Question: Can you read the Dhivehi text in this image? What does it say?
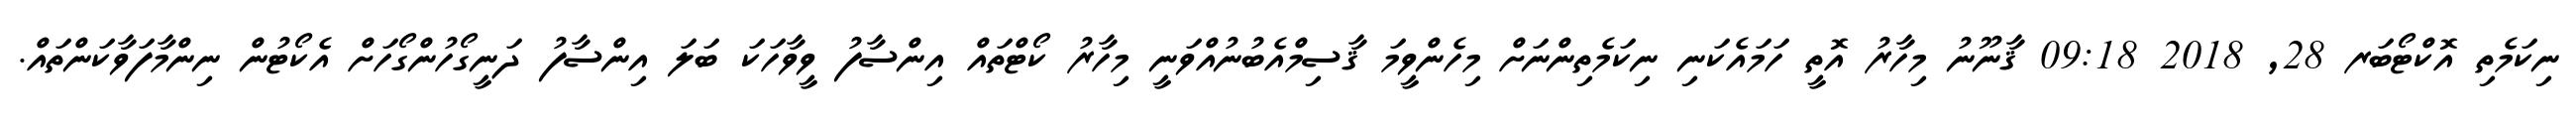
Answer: ނިކަމެތި އޮކްޓޯބަރ 28, 2018 09:18 ޤާނޫނު މިހާރު އޮތީ ހަމައެކަނި ނިކަމެތިންނަށް މިހެންވީމަ ޤާސިމްއެބުނުއްވަނީ މިހާރު ކޯޓްތައް އިންސާފު ވީވާހަކަ ބަލަ އިންސާފު ދަނީގޯހުންގޯހަށް އެކޯޓުން ނިންމާފަވާކަންތައް.